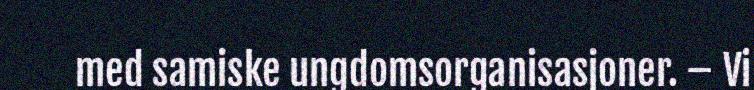
med samiske ungdomsorganisasjoner. – Vi